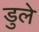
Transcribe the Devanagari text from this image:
डुले